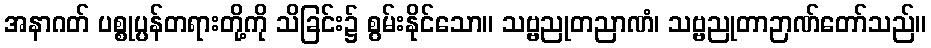
အနာဂတ် ပစ္စုပ္ပန်တရားတို့ကို သိခြင်း၌ စွမ်းနိုင်သော။ သဗ္ဗညုတညာဏံ၊ သဗ္ဗညုတာဉာဏ်တော်သည်။